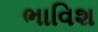
ભાવિશ